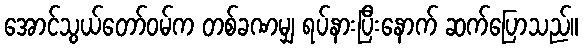
အောင်သွယ်တော်ဝမ်က တစ်ခဏမျှ ရပ်နားပြီးနောက် ဆက်ပြောသည်။